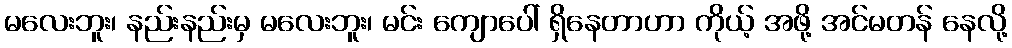
မလေးဘူး၊ နည်းနည်းမှ မလေးဘူး၊ မင်း ကျောပေါ် ရှိနေတာဟာ ကိုယ့် အဖို့ အင်မတန် နေလို့